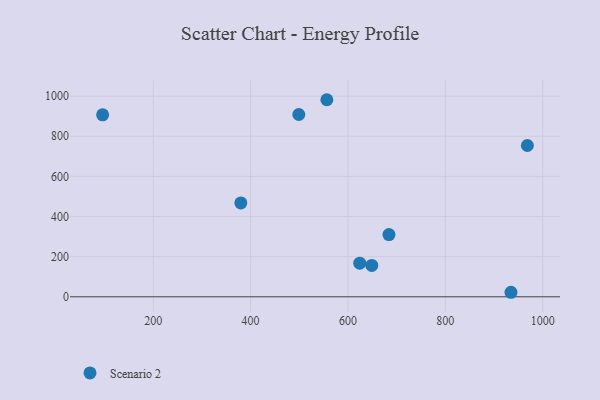
{"axis": {"x": "Speed", "y": "Salary"}, "legend": ["Scenario 2"], "data": [{"x": "499.0", "y": 908.3, "type": "Scenario 2"}, {"x": "968.5", "y": 753.8, "type": "Scenario 2"}, {"x": "934.8", "y": 22.5, "type": "Scenario 2"}, {"x": "379.9", "y": 467.5, "type": "Scenario 2"}, {"x": "96.0", "y": 906.8, "type": "Scenario 2"}, {"x": "648.9", "y": 156.5, "type": "Scenario 2"}, {"x": "624.2", "y": 167.4, "type": "Scenario 2"}, {"x": "684.2", "y": 310.2, "type": "Scenario 2"}, {"x": "556.6", "y": 982.0, "type": "Scenario 2"}]}